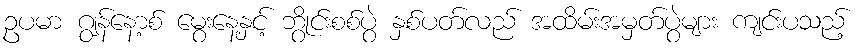
ဥပမာ ဂျွန်နော့စ် မွေးနေ့နှင့် ဘွိုင်းစစ်ပွဲ နှစ်ပတ်လည် အထိမ်းအမှတ်ပွဲများ ကျင်းပသည့်